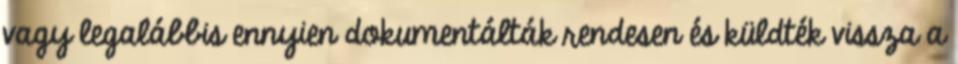
vagy legalábbis ennyien dokumentálták rendesen és küldték vissza a